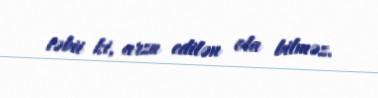
təbii ki, arzu edilən ola bilməz.